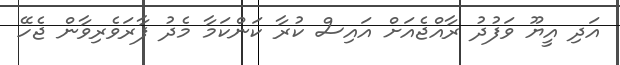
އަދި އީޔޫ ވަފުދު ރާއްޖެއަށް އައިސް ކުރާ ކަންކަމާ މެދު ފާރަވެރިވާން ޖެހޭ